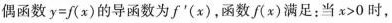
偶函数$$y = f ( x )$$的导函数为f^{\prime}(x)，函数f(x)满足：当$$x > 0$$时，